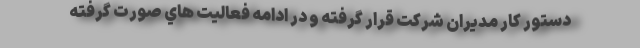
دستور كار مديران شركت قرار گرفته و در ادامه فعاليت هاي صورت گرفته